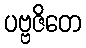
ပဗ္ဗဇိတေ